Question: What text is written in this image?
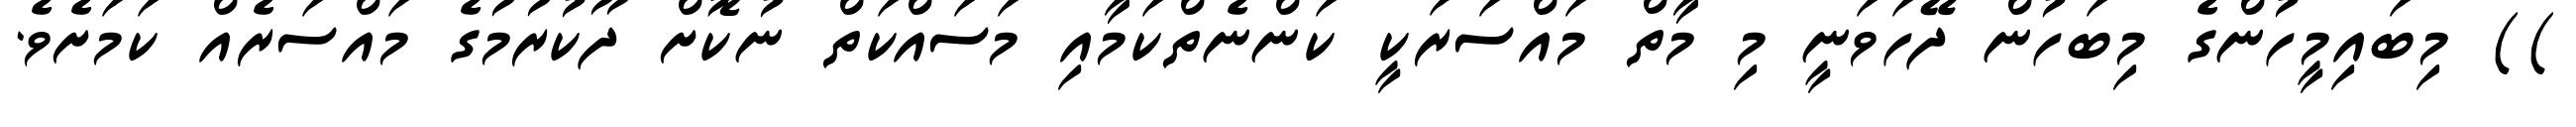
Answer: )) މިބައިމީހުންގެ މިބަހުން ދޭހަވަނީ މި މާތް މައްސަރަކީ ކަންނެތްކަމާއި މަސައްކަތް ނުކޮށް ދޫކުރުމުގެ މައްސަރެއް ކަމަށެވެ.